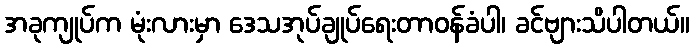
အခုကျုပ်က မုံးလားမှာ ဒေသအုပ်ချုပ်ရေးတာဝန်ခံပါ၊ ခင်ဗျားသိပါတယ်။